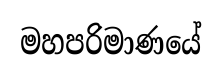
මහපරිමාණයේ